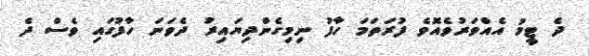
ދެ ޓީމު އެއްވަރުވެއޮވެ ފުރަތަމަ ހާފު ނިމިގެންދިޔައިރު ދެވަނަ ހާފުގައި ވެސް ދެ